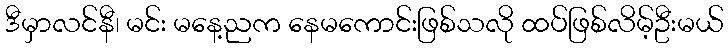
ဒီမှာလင်နီ၊ မင်း မနေ့ညက နေမကောင်းဖြစ်သလို ထပ်ဖြစ်လိမ့်ဦးမယ်